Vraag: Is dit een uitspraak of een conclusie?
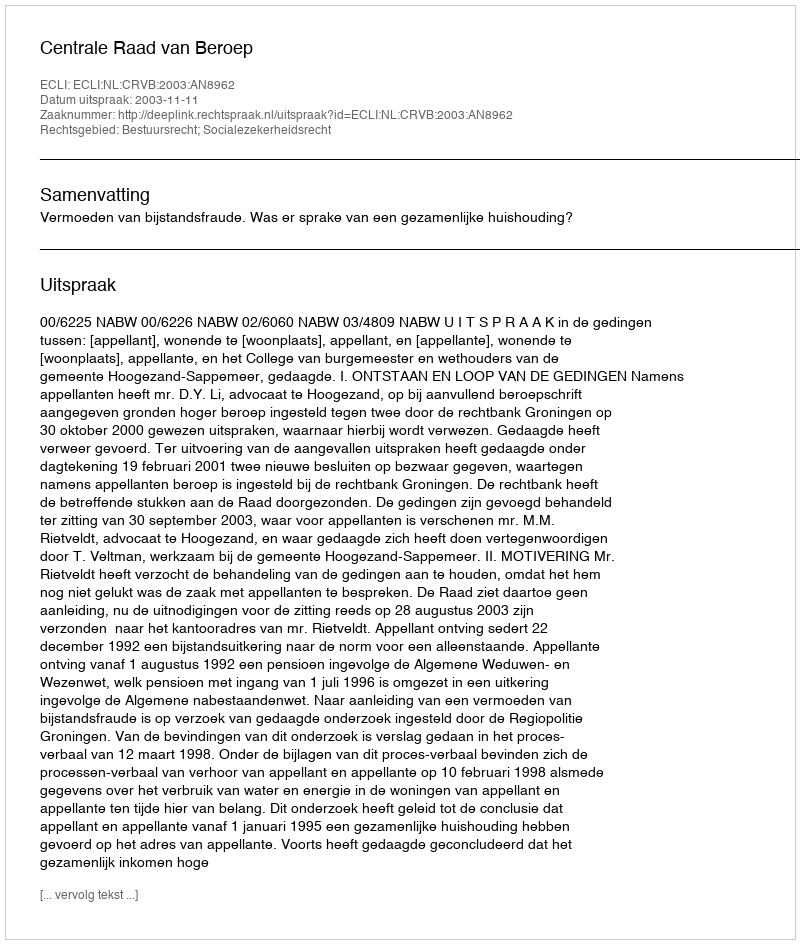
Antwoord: Uitspraak